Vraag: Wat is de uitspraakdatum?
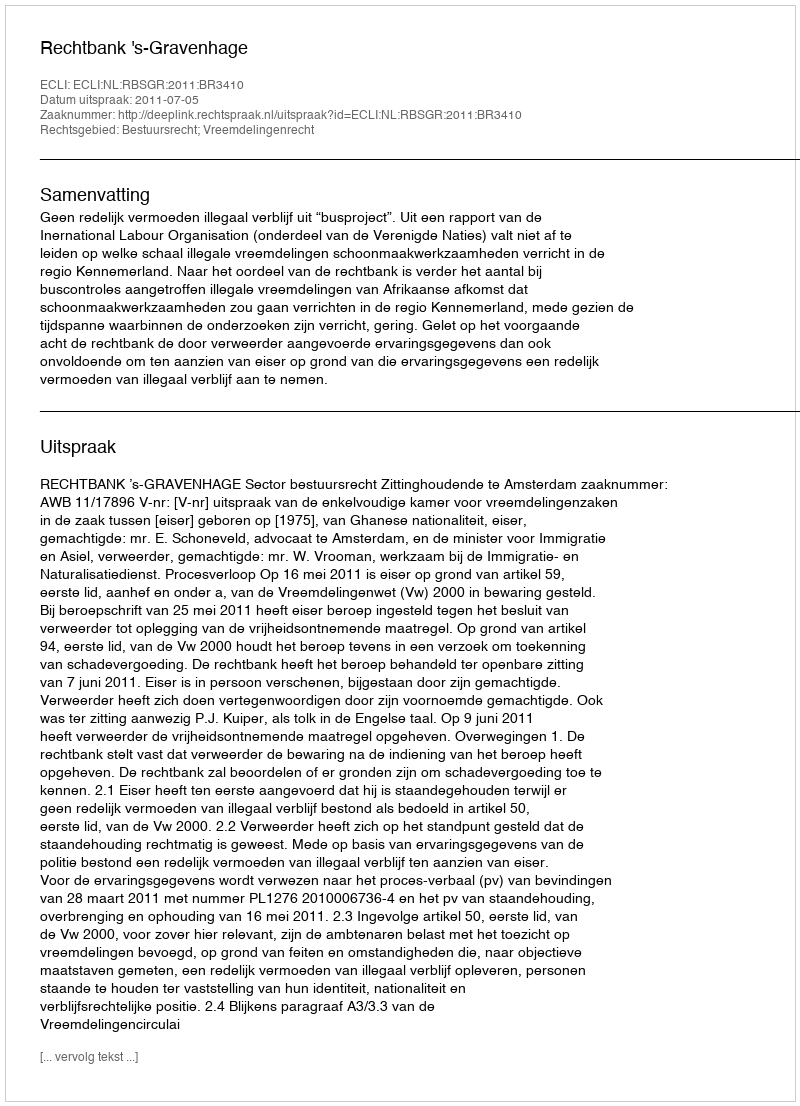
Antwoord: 2011-07-05